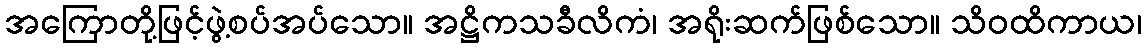
အကြောတို့ဖြင့်ဖွဲ့စပ်အပ်သော။ အဋ္ဌိကသခီလိကံ၊ အရိုးဆက်ဖြစ်သော။ သိဝထိကာယ၊